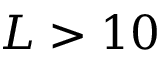
L > 1 0